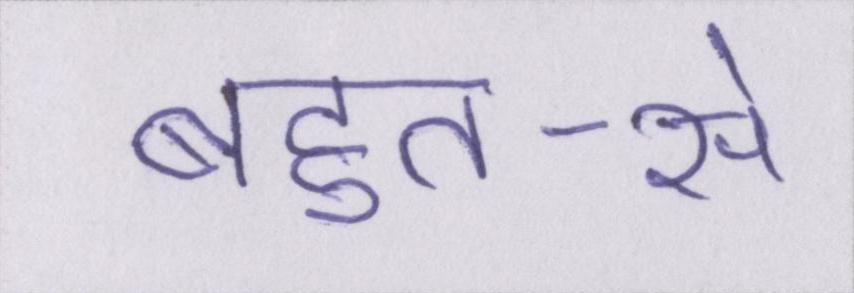
बहुत-से